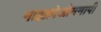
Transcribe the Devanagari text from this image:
माइक्रोओममापी